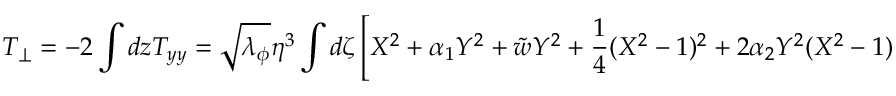
T _ { \perp } = - 2 \int d z T _ { y y } = \sqrt { \lambda _ { \phi } } \eta ^ { 3 } \int d \zeta \left[ X ^ { 2 } + \alpha _ { 1 } Y ^ { 2 } + \tilde { w } Y ^ { 2 } + { \frac { 1 } { 4 } } ( X ^ { 2 } - 1 ) ^ { 2 } + 2 \alpha _ { 2 } Y ^ { 2 } ( X ^ { 2 } - 1 ) + \alpha ^ { 3 } Y ^ { 2 } ( { \frac { 1 } { 2 } } Y ^ { 2 } + 1 ) \right] ,